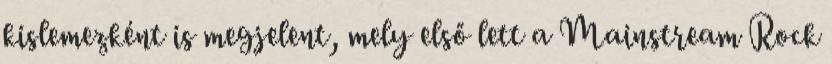
kislemezként is megjelent, mely első lett a Mainstream Rock